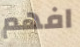
افهم